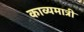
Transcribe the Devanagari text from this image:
काव्यमात्री